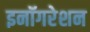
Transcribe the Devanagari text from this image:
इनॉगरेशन